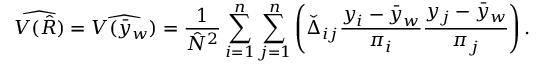
{ \widehat { V ( { \hat { R } } ) } } = { \widehat { V ( { \bar { y } } _ { w } ) } } = { \frac { 1 } { { \hat { N } } ^ { 2 } } } \sum _ { i = 1 } ^ { n } \sum _ { j = 1 } ^ { n } \left( { \check { \Delta } } _ { i j } { \frac { y _ { i } - { \bar { y } } _ { w } } { \pi _ { i } } } { \frac { y _ { j } - { \bar { y } } _ { w } } { \pi _ { j } } } \right) .